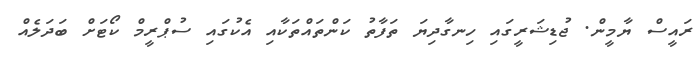
ރައީސް ޔާމީން. ޖުޑިޝަރީގައި ހިނގާދިޔަ ތަފާތު ކަންތައްތަކާއި އެކުގައި ސުޕްރީމް ކޯޓަށް ބަދަލެއް